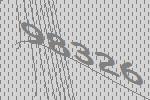
98326